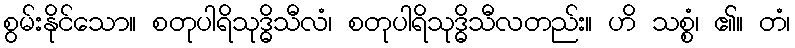
စွမ်းနိုင်သော။ စတုပါရိသုဒ္ဓိသီလံ၊ စတုပါရိသုဒ္ဓိသီလတည်း။ ဟိ သစ္စံ၊ ၏။ တံ၊